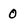
Character: 0